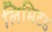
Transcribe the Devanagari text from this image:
लिमिटड